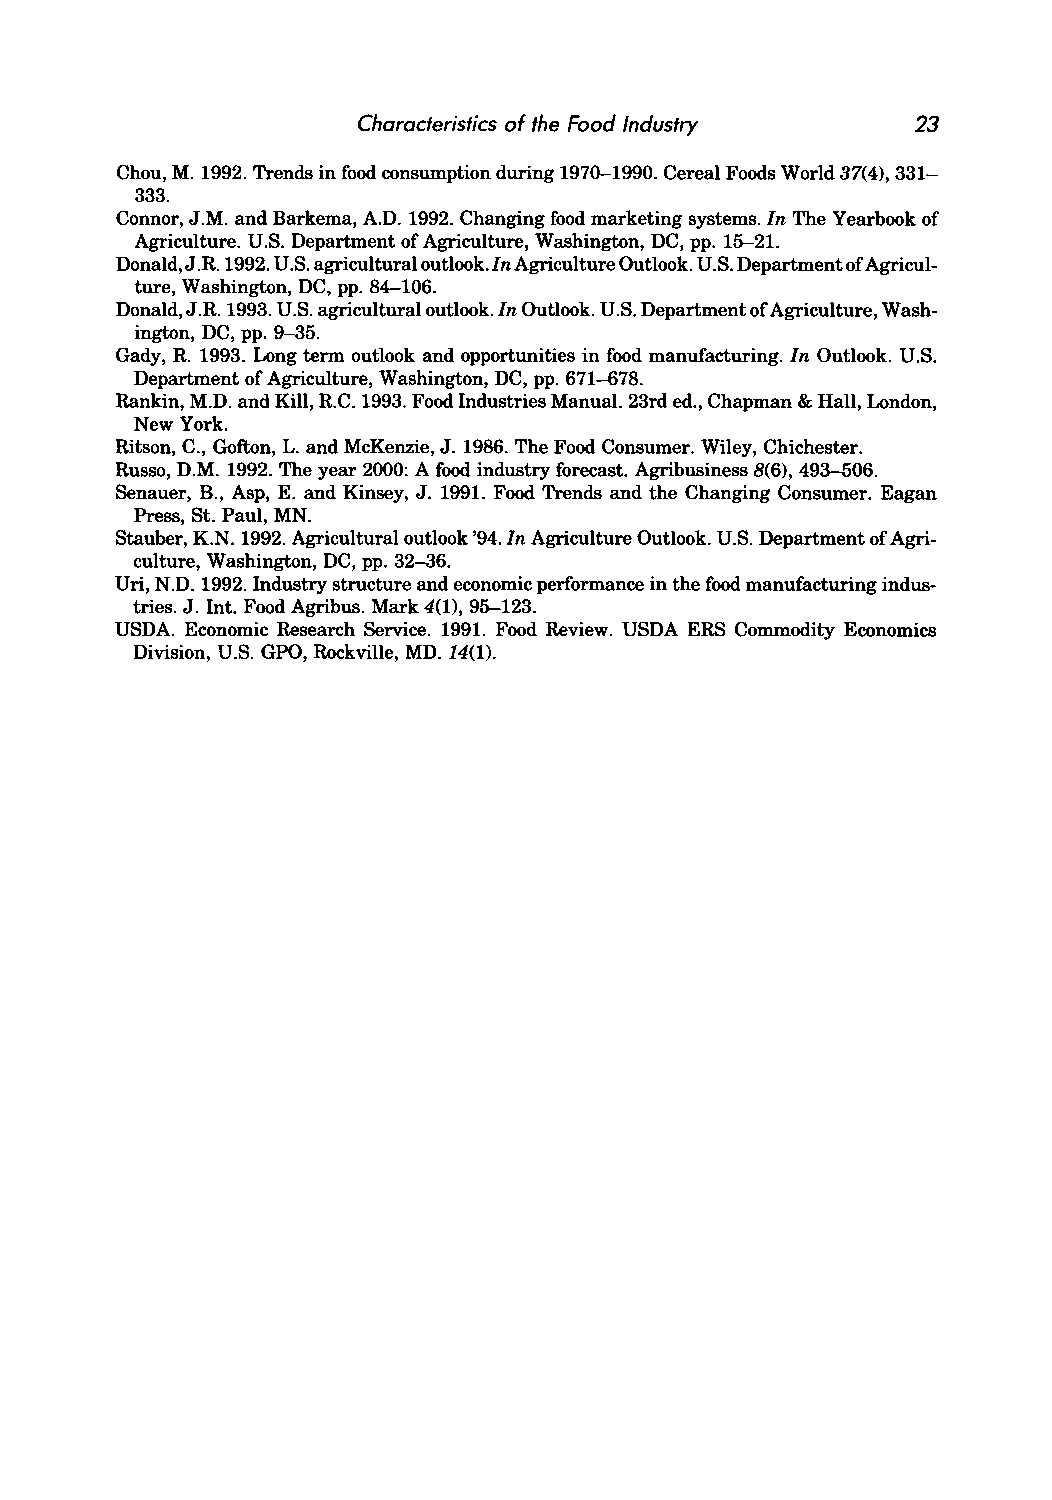
Characteristics of the Food Industry 23
 Chou, M. 1992. Trends in food consumption during 1970-1990. Cereal Foods World 37(4),331-
 333.
 Connor, J.M. and Barkema, A.D. 1992. Changing food marketing systems. In The Yearbook of
 Agriculture. U.S. Department of Agriculture, Washington, DC, pp. 15-21.
 Donald, J.R 1992. U.S. agricultural outlook. In Agriculture Outlook. U.S. Department of Agricul
 ture, Washington, DC, pp. 84-106.
 Donald, J.R 1993. U.S. agricultural outlook. In Outlook. U.S. Department of Agriculture, Wash
 ington, DC, pp. 9-35.
 Gady, R 1993. Long term outlook and opportunities in food manufacturing. In Outlook. U.S.
 Department of Agriculture, Washington, DC, pp. 671-678.
 Rankin, M.D. and Kill, RC. 1993. Food Industries Manual. 23rd ed., Chapman & Hall, London,
 New York.
 Ritson, C., Gofton, L. and McKenzie, J. 1986. The Food Consumer. Wiley, Chichester.
 Russo, D.M. 1992. The year 2000: A food industry forecast. Agribusiness 8(6), 493-506.
 Senauer, B., Asp, E. and Kinsey, J. 1991. Food Trends and the Changing Consumer. Eagan
 Press, St. Paul, MN.
 Stauber, K.N. 1992. Agricultural outlook '94. In Agriculture Outlook. U.S. Department of Agri
 culture, Washington, DC, pp. 32-36.
 Uri, N.D. 1992. Industry structure and economic performance in the food manufacturing indus
 tries. J. Int. Food Agribus. Mark 4(1), 95-123.
 USDA. Economic Research Service. 1991. Food Review. USDA ERS Commodity Economics
 Division, U.S. GPO, Rockville, MD. 14(1).